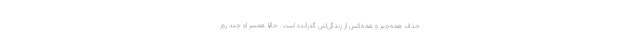
حذف همه‌چیز و همه‌کس از زندگی‌اش گذرانده است. حالا همسر او چند روز